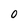
Character: 0